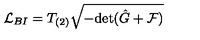
{ \cal L } _ { B I } = T _ { ( 2 ) } \sqrt { - \mathrm { d e t } ( \hat { G } + { \cal F } ) }